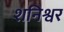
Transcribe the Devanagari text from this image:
शनिश्वर